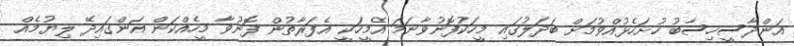
އަންދާސީހިސާބު ހުށަހެޅުއްވުމަށް ބަދަލުގައި މީހަކުފޮނުވާނަމަ އެމީހަކީ އެފަރާތުން ފޮނުވާ މީހެއްކަން އަންގައިދޭ ލިޔުމެއް